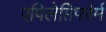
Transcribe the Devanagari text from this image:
एपिलेप्तिफोर्म